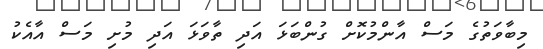
މިބާވަތުގެ މަސް އާންމުކޮށް ގުންބަޅަ އަދި ތާވަޅަ އަދި މުށި މަސް އާއެކު